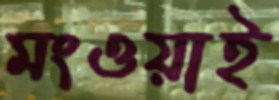
মংওয়াই